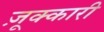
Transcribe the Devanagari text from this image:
ज़ूक्कारी